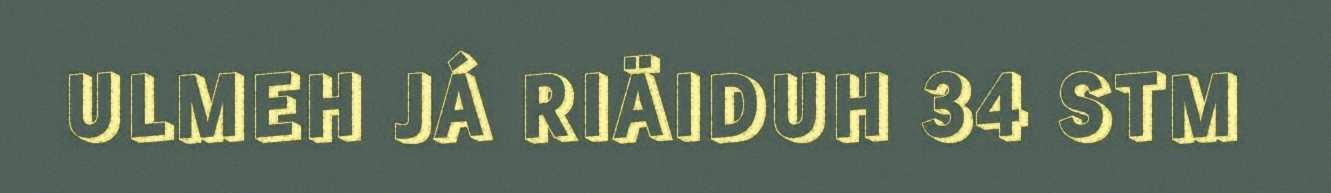
ULMEH JÁ RIÄIDUH 34 STM